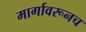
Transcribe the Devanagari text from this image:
मार्गावरूनच